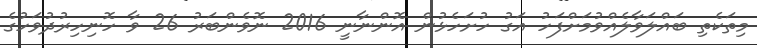
މިތަކެތި ބައްލަވާލެއްވުމަށްފަހު އަގު ހުށަހެޅުން އޮންނާނީ 2016 ނޮވެންބަރު 26 ވާ ހޮނިހިރުދުވަހުގެ